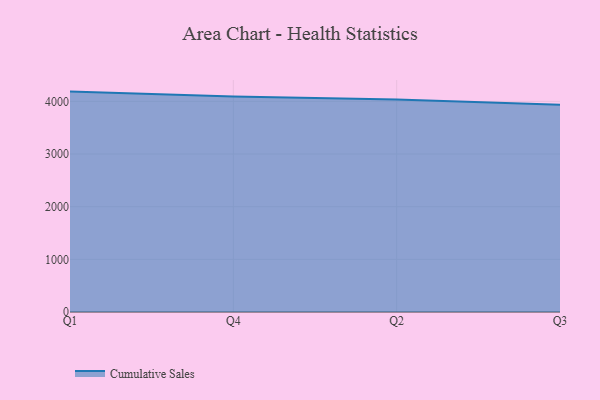
{"axis": {"x": "Quarter", "y": "Population (Million)"}, "legend": ["Cumulative Sales"], "data": [{"x": "Q1", "y": 4186.0, "type": "Cumulative Sales"}, {"x": "Q4", "y": 4092.3, "type": "Cumulative Sales"}, {"x": "Q2", "y": 4033.8, "type": "Cumulative Sales"}, {"x": "Q3", "y": 3938.0, "type": "Cumulative Sales"}]}